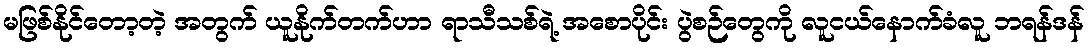
မဖြစ်နိုင်တော့တဲ့ အတွက် ယူနိုက်တက်ဟာ ရာသီသစ်ရဲ့ အစောပိုင်း ပွဲစဉ်တွေကို လူငယ်နောက်ခံလူ ဘရန်ဒန်